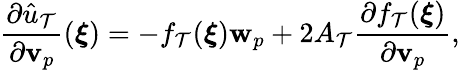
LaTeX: \frac{\partial\hat{u}_{\mathcal{T}}}{\partial\textbf{v}_{p}}(\boldsymbol{\xi})=-f_{\mathcal{T}}(\boldsymbol{\xi})\textbf{w}_{p}+2A_{\mathcal{T}}\frac{\partial f_{\mathcal{T}}(\boldsymbol{\xi})}{\partial\textbf{v}_{p}},